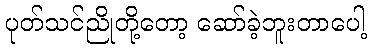
ပုတ်သင်ညိုတို့တော့ ဆော်ခဲ့ဘူးတာပေါ့